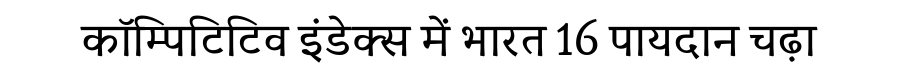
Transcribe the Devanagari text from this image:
कॉम्पिटिटिव इंडेक्स में भारत 16 पायदान चढ़ा